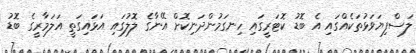
ލަސްފިޔަވަޅުތަކެއްގައި އެ ބޮޑު ކޮޓަރީގައި ހިނގަމުންދަނިކޮށް އޭނާގެ ލޮލުގައި އަޅައިގަތީ އަލަމާރީގެ ބޮޑު